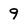
Character: 9